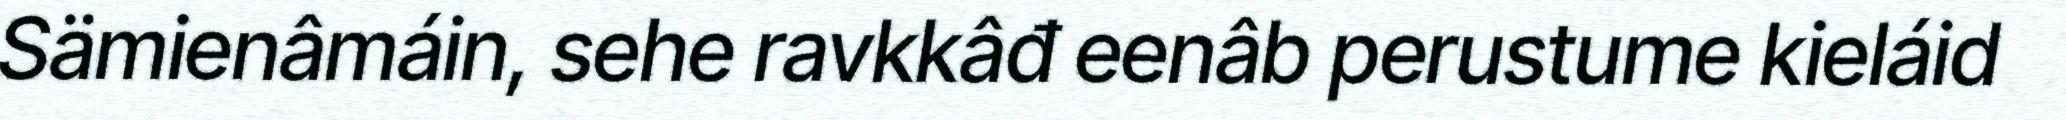
Sämienâmáin, sehe ravkkâđ eenâb perustume kieláid